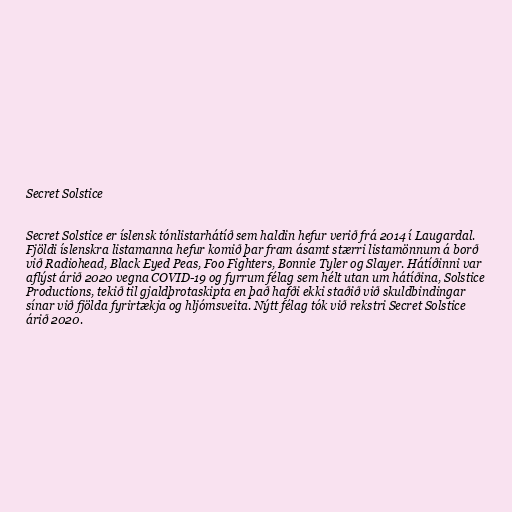
Secret Solstice

Secret Solstice er íslensk tónlistarhátíð sem haldin hefur verið frá 2014 í Laugardal.
Fjöldi íslenskra listamanna hefur komið þar fram ásamt stærri listamönnum á borð
við Radiohead, Black Eyed Peas, Foo Fighters, Bonnie Tyler og Slayer. Hátíðinni var
aflýst árið 2020 vegna COVID-19 og fyrrum félag sem hélt utan um hátíðina, Solstice
Productions, tekið til gjaldþrotaskipta en það hafði ekki staðið við skuldbindingar
sínar við fjölda fyrirtækja og hljómsveita. Nýtt félag tók við rekstri Secret Solstice
árið 2020.